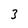
Character: 3